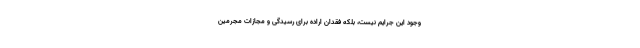
وجود این جرایم نیست، بلکه فقدان اراده برای رسیدگی و مجازات مجرمین